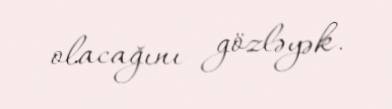
olacağını gözləyək.